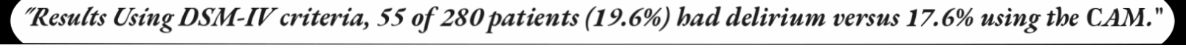
"Results Using DSM-IV criteria, 55 of 280 patients (19.6%) had delirium versus 17.6% using the CAM."